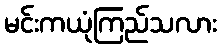
မင်းကယုံကြည်သလား